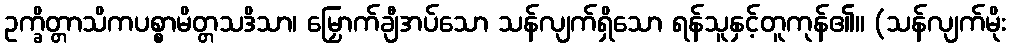
ဥက္ခိတ္တာသိကပစ္စာမိတ္တသဒိသာ၊ မြှောက်ချီအပ်သော သန်လျက်ရှိသော ရန်သူနှင့်တူကုန်၏။ (သန်လျက်မိုး